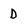
Character: D